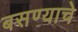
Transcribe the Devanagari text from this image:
बसण्याचे